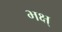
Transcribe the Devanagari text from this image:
भक्ष्